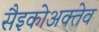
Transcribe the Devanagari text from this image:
सैइकोअक्तेव